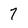
Character: 7